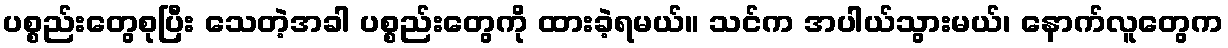
ပစ္စည်းတွေစုပြီး သေတဲ့အခါ ပစ္စည်းတွေကို ထားခဲ့ရမယ်။ သင်က အပါယ်သွားမယ်၊ နောက်လူတွေက